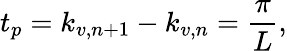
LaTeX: t_{p}=k_{v,n+1}-k_{v,n}=\frac{\pi}{L},